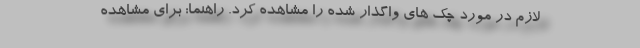
لازم در مورد چک های واگذار شده را مشاهده کرد. راهنما: برای مشاهده